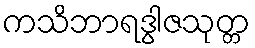
ကသိဘာရဒွါဇသုတ္တ